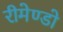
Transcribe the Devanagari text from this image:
रीमेण्डो